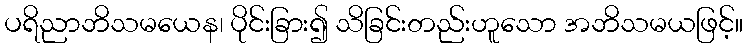
ပရိညာဘိသမယေန၊ ပိုင်းခြား၍ သိခြင်းတည်းဟူသော အဘိသမယဖြင့်။